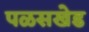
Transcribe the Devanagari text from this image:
पळसखेड